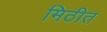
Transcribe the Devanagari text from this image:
मिठीत